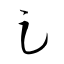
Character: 足